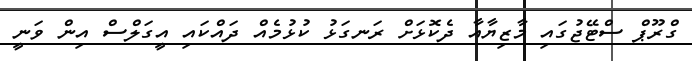
ގްރޫޕް ސްޓޭޖުގައި މާޒިޔާއާ ދެކޮޅަށް ރަނގަޅު ކުޅުމެއް ދައްކައި އީގަލްސް އިން ވަނީ